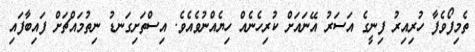
ތެމިފޯވެފާ ހުރިއިރު ފިނީގެ އަސަރު އޭނައަށް ކުރިހެނެއް ހިޔެއްނުވެއެވެ. އިސްތަށިގަނޑު ނިތުމައްޗަށް ފައިބާފައި